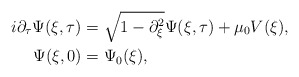
\begin{align*}i\partial_{\tau}\Psi(\xi, \tau) & = \sqrt{1-\partial_{\xi}^{2}} \Psi(\xi, \tau) + \mu_{0} V(\xi), \\\Psi(\xi, 0) & = \Psi_{0}(\xi),\end{align*}